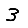
Digit: 3